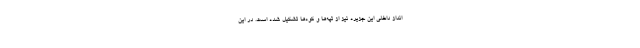
انداز داخلی این جزیره نیز از تپه‌ها و کوه‌ها تشکیل شده است. در این